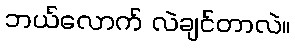
ဘယ်လောက် လဲချင်တာလဲ။